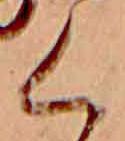
く